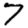
Digit: 7